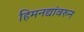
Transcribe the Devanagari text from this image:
हिमनद्यांवरुन